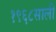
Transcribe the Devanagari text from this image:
१९६८साली